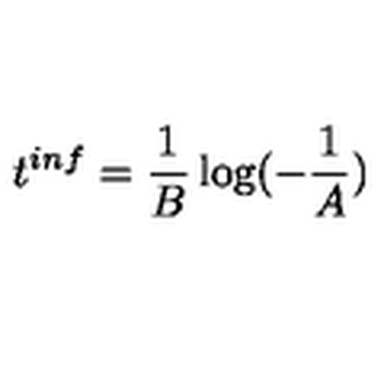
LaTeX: t ^ { i n f } = \frac { 1 } { B } \log ( - \frac { 1 } { A } )